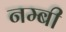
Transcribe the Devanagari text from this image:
नम्बी